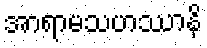
အာရာမသဟဿာနိ